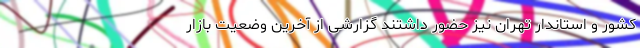
کشور و استاندار تهران نیز حضور داشتند گزارشی از آخرین وضعیت بازار